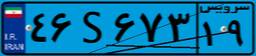
۹۲S۶۷۷۷۵